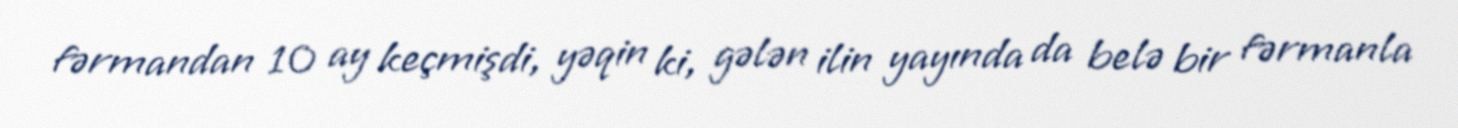
fərmandan 10 ay keçmişdi, yəqin ki, gələn ilin yayında da belə bir fərmanla